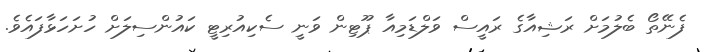
ފެނޭތޯ ބެލުމަށް ރަޝިއާގެ ރައީސް ވަލްޑަމިއާ ޕޫޓިން ވަނީ ސެކިއުރިޓީ ކައުންސިލަށް ހުށަހަޅާފައެވެ.